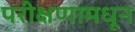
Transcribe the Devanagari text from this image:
परीक्षणामधून